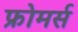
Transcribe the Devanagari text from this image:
फ्रोमर्स